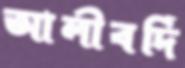
আলীবর্দি